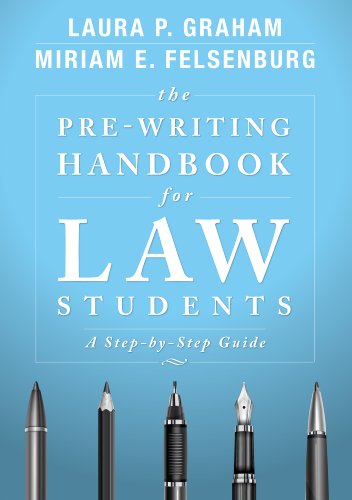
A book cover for The Pre-Writing Handbook for Law Students: A Step-by-Step Guide; Laura P. Graham; Law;